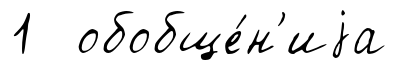
1 обобще́н'иjа